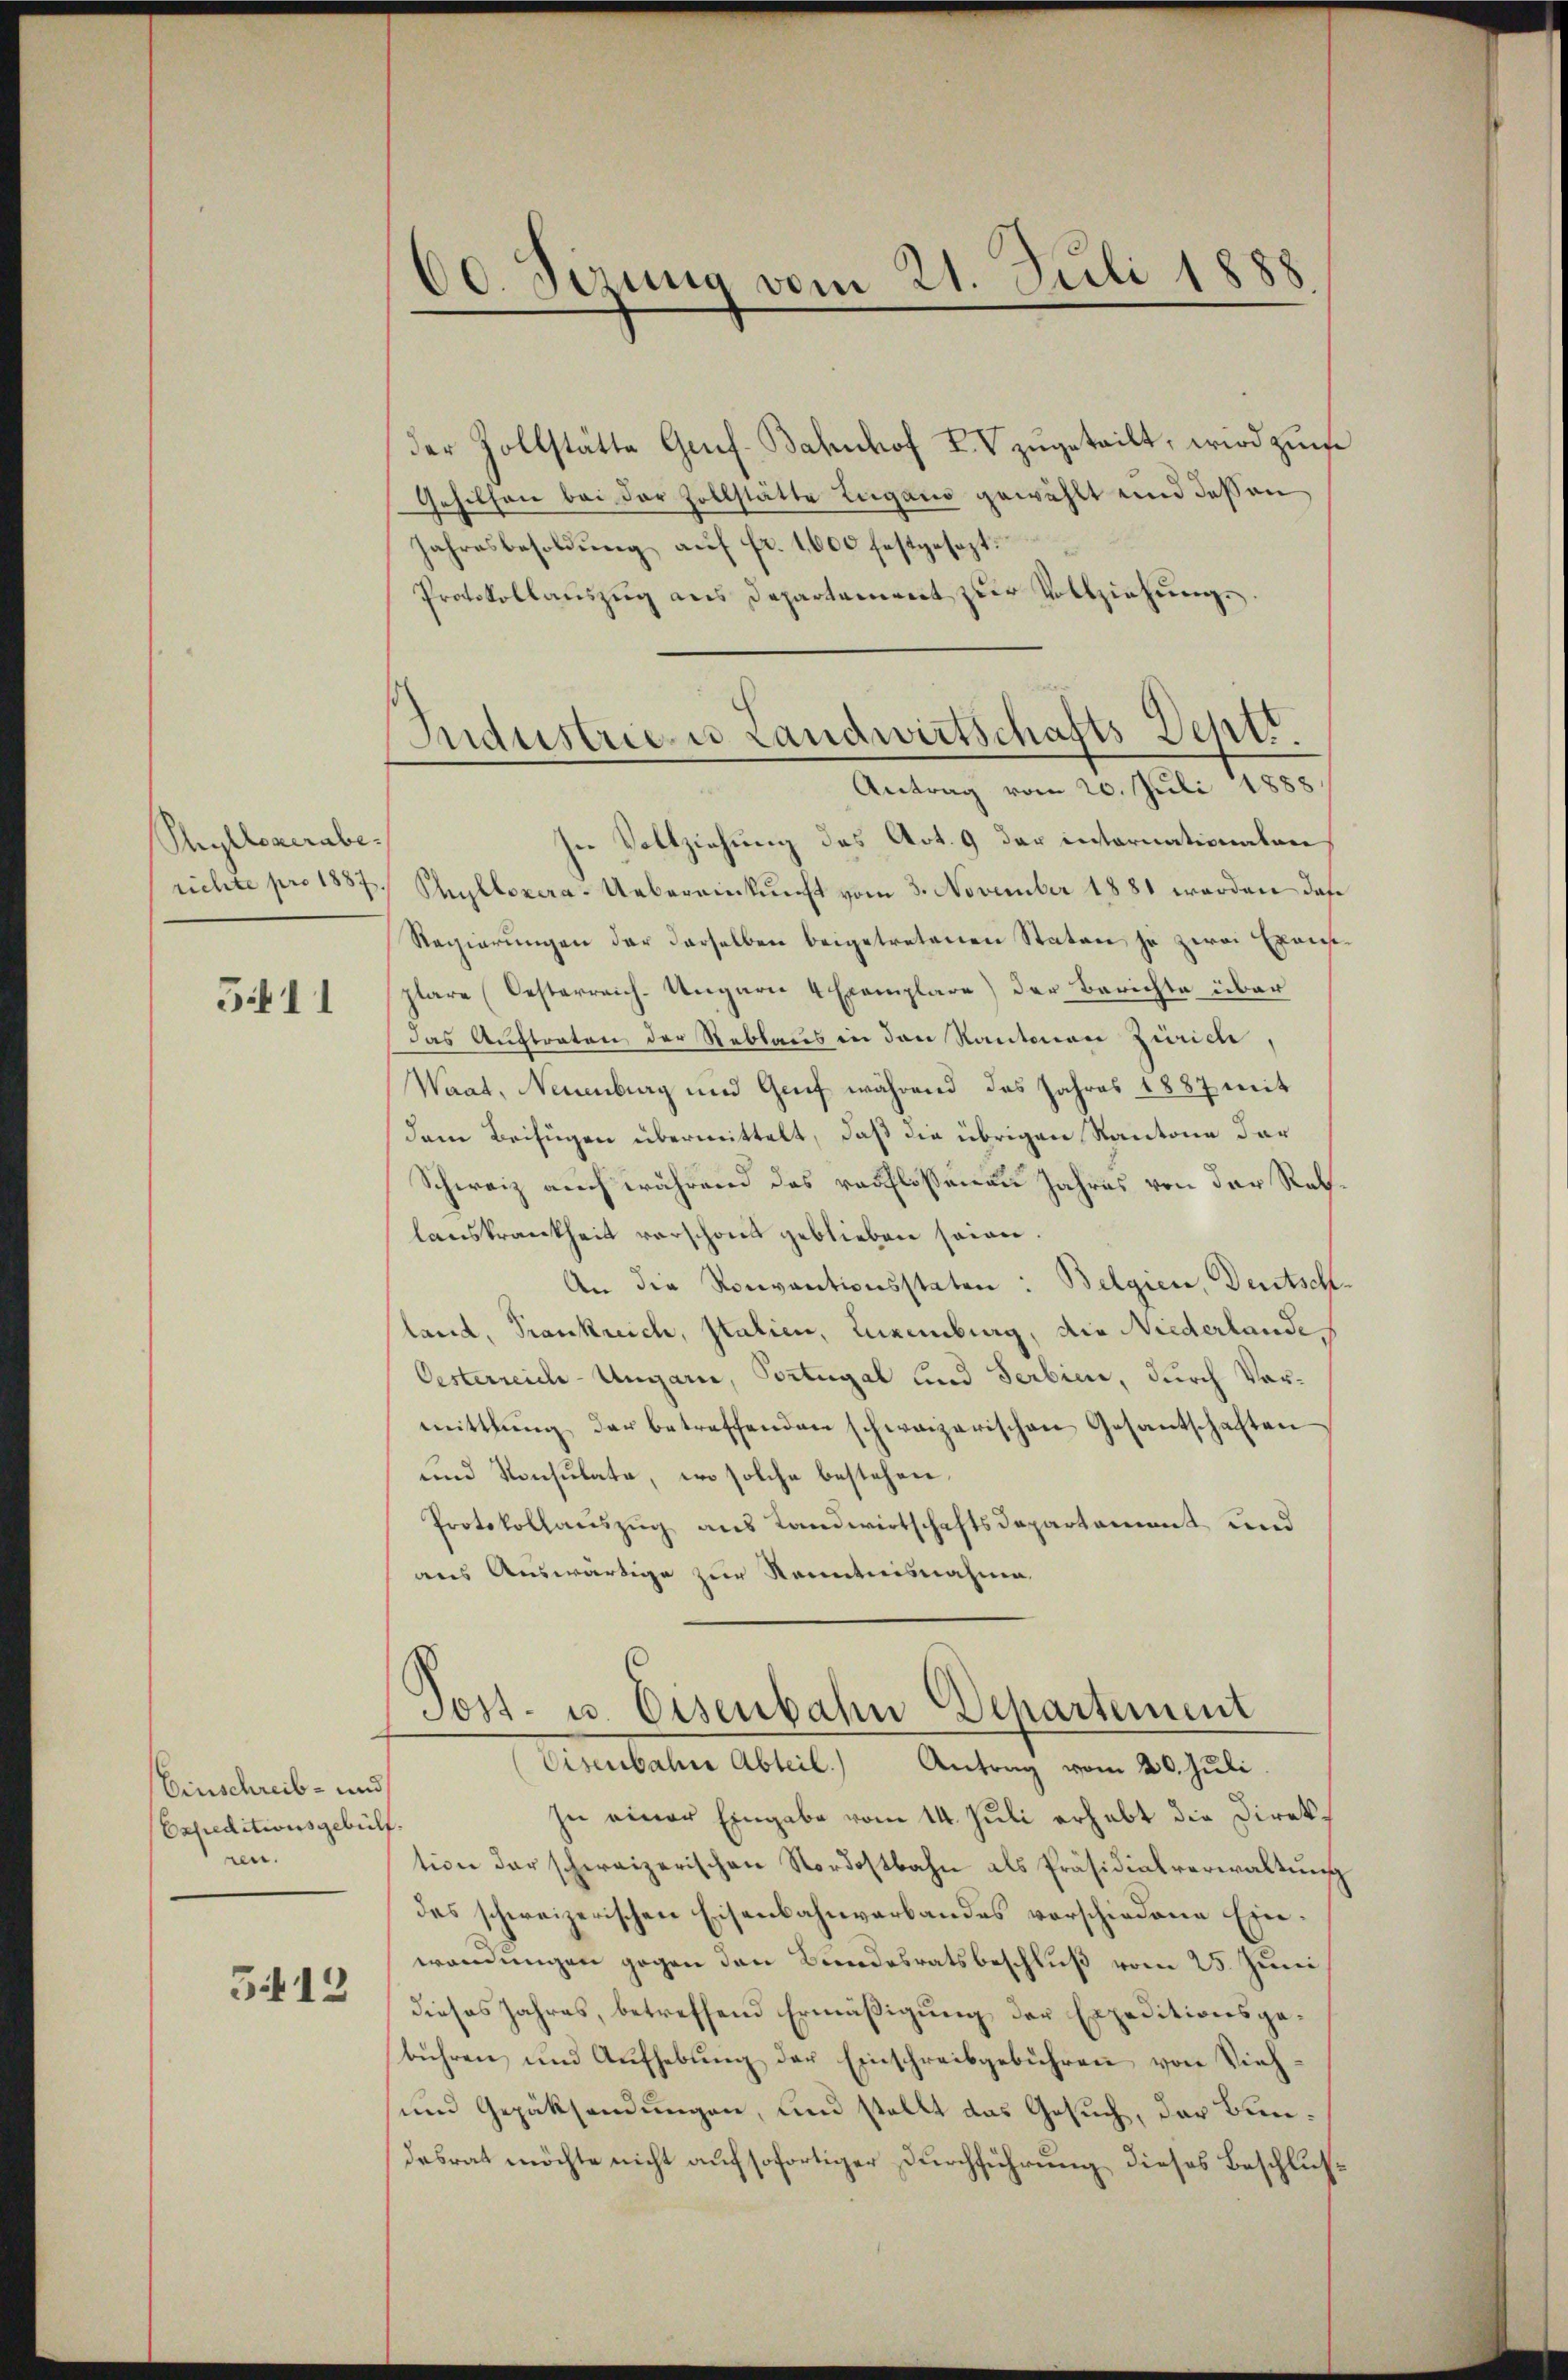
Phylloverabe.
richte pro 1887.

5411

Einschreib- und
Expeditionsgebülf.
ren.

5412

60. Sizung vom 21. Juli 1888

der Zollstätte Genf. Bahnhof IV zugeteilt, wird zu¬
Gehilfen bei der Zollstätte Lugano gewählt und dessen
Jahresbesoldŭng aŭf fr. 1600 festgesezt.
Protokollauszug aus Departement zur Vollziehung.
In Vollziehung des Art. 9 der internationalen,
Phyllexera-Uebereinkunft vom 3. November 1881 werden das
Regierungen der derselben beigetretenen Staten je zwei Exam
plare (Oesterreich-Ungarn 4 Exemplare) der Berichte über
das Auftraten der Reblaus in den Kantonen Zürich,
Waat, Neuenburg und Genf während das Jahres 1887 mit
dem Beifügen übermittelt, daß die übrigen Kantone der
Schweiz auch während das verflossenen Jahres von der Rathlanskrankheit verschont geblieben seien
An die Konventionsstaten: Belgien, Deutschland, Trankreich, statien, Luxenburg, die Niederlande
Oesterreich-Ungarn, Portugal und Serbien, durch Vormittlung der betreffenden schweizerischen Gesantschaften
und Konsulate, wo solche bestehen.
Protokollauszug aus Landwirtschaftsdepartemont, und
aus Auswärtige zur Kenntnisnahme

Industrie u Landwirtschafts Deptr.
Antrag vom 20. Juli 1888

Post- u. Eisenbahn Departement
Eisenbahne Abteil.) Antrag vom 20. Juli.

In einer Eingabe vom 14. Juli erhebt die Direktion der schereizerischen Nordostbahn als Präsidialverwaltung
das schweizerischen Eisenbahnverbandes vorschiedene Einwendungen gegen den Bundesratsbeschluß vom 25. Juni
dieses Jahres, betreffend Ermäßigung der Expeditionsgebühren und Aŭfhebŭng der Einschreibgebühren von Vieh-
und Gepäksendungen, und stellt das Gesuch, der Bundesrat möchte nicht auf sofortiger Durchführung dieses Beschlus¬